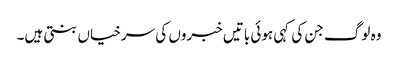
وہ لوگ جن کی کہی ہوئی باتیں خبروں کی سرخیاں بنتی ہیں۔